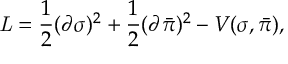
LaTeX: { \it { L } } = { \frac { 1 } { 2 } } ( \partial \sigma ) ^ { 2 } + { \frac { 1 } { 2 } } ( \partial { \bar { \pi } } ) ^ { 2 } - V ( \sigma , { \bar { \pi } } ) ,